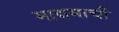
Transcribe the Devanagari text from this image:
माद्यमाची